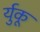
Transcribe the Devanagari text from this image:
र्युकू